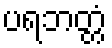
ပရဘတ္တံ